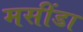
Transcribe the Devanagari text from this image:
मसींडा